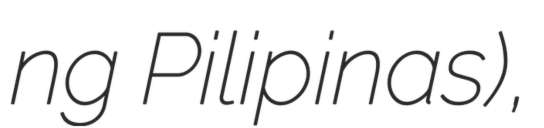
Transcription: ng Pilipinas),